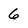
Character: 6